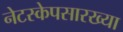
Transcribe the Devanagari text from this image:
नेटस्केपसारख्या